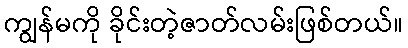
ကျွန်မကို ခိုင်းတဲ့ဇာတ်လမ်းဖြစ်တယ်။